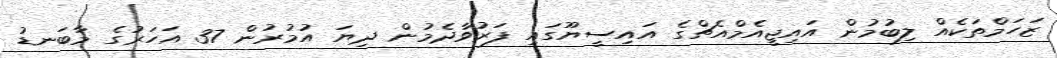
ޒަހަމްތަކެއް ލިބުމުން އައިޖީއެމްއެޗްގެ އައިސީޔޫގައި ފަރުވާދެމުން ދިޔަ އުމުރުން 37 އަހަރުގެ މާބަނޑު